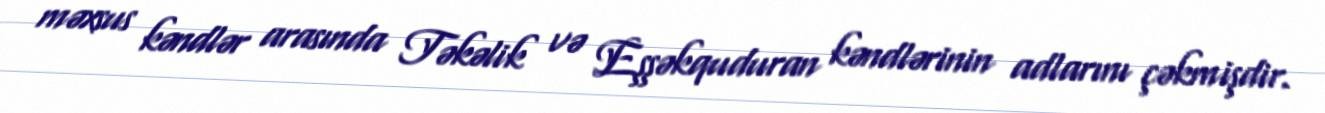
məxsus kəndlər arasında Təkəlik və Eşşəkquduran kəndlərinin adlarını çəkmişdir.